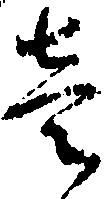
壱